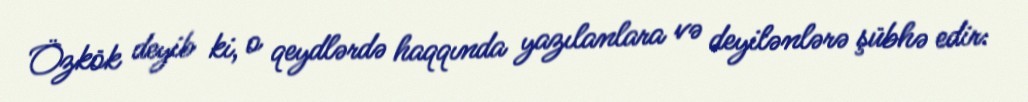
Özkök deyib ki, o qeydlərdə haqqında yazılanlara və deyilənlərə şübhə edir: